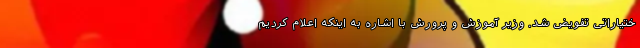
ختیاراتی تفویض شد. وزیر آموزش و پرورش با اشاره به اینکه اعلام کردیم